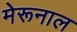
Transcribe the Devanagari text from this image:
मेरूनाल